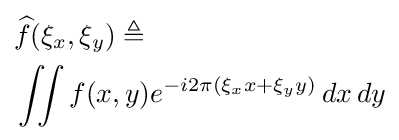
{\begin{aligned}&{\widehat {f}}(\xi _{x},\xi _{y})\triangleq \\&\iint f(x,y)e^{-i2\pi (\xi _{x}x+\xi _{y}y)}\,dx\,dy\end{aligned}}